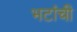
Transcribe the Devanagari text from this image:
भटांची